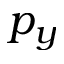
p _ { y }